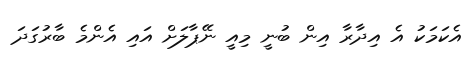
އެކަމަކު އެ އިދާރާ އިން ބުނީ މިއީ ނޭޕާލަށް އައި އެންމެ ބާރުގަދަ